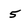
Character: 5